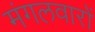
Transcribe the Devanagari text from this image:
मंगलवारों